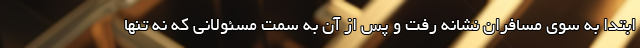
ابتدا به سوی مسافران نشانه رفت و پس از آن به سمت مسئولانی که نه تنها